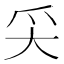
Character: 𡗮